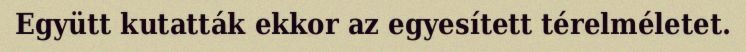
Együtt kutatták ekkor az egyesített térelméletet.